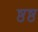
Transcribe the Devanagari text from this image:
ष्ठष्ठ